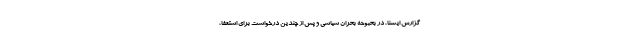
گزارش ایسنا، در بحبوحه بحران سیاسی و پس از چندین درخواست برای استعفا،